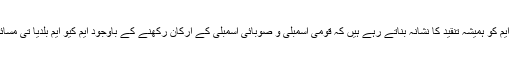
تحریک انصاف کے لوگ ایم کیو ایم کو ہمیشہ تنقید کا نشانہ بناتے رہے ہیں کہ قومی اسمبلی و صوبائی اسمبلی کے ارکان رکھنے کے باوجود ایم کیو ایم بلدیا تی مسائل حل کر نے میں ناکام رہی ہے۔